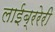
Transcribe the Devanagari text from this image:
लाईब्ररेरी